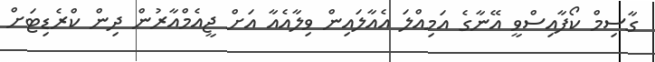
ގާސިމް ކޯފާއިސްވީ އޭނާގެ އަމިއްލަ އެއާލައިން ވިލާއެއާ އަށް ޖީއެމްއާރުން ދިން ކްރެޑިޓަށް